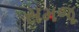
સમજૂ